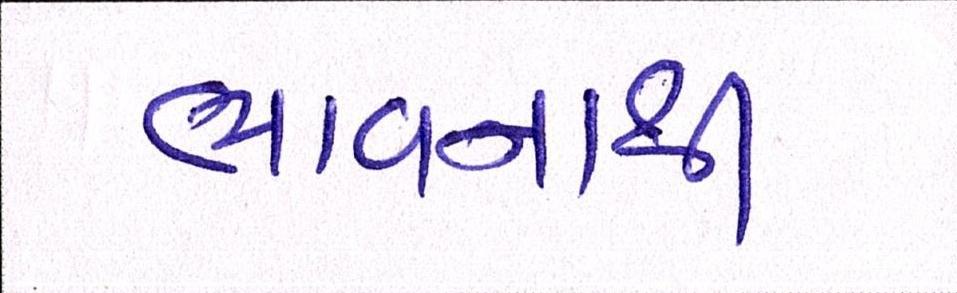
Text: ભાવનાથી